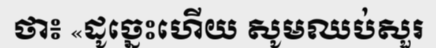
ថា៖ «ដូច្នេះហើយ សូមឈប់សួរ